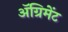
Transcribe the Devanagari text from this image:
ॲग्रिमेंट